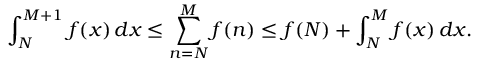
\int _ { N } ^ { M + 1 } f ( x ) \, d x \leq \sum _ { n = N } ^ { M } f ( n ) \leq f ( N ) + \int _ { N } ^ { M } f ( x ) \, d x .